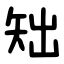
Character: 䂐